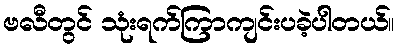
ဗလီတွင် သုံးရက်ကြာကျင်းပခဲ့ပါတယ်။